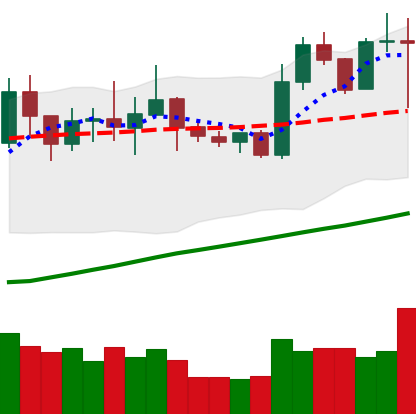
Ticker: NEO-USD
Chart end date: 2020-07-27
Forward return: 14.898%
Label: up_7plus